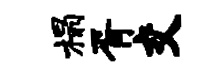
榻胥交